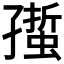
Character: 𧏄